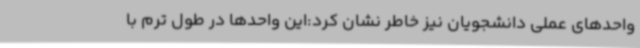
واحدهای عملی دانشجویان نیز خاطر نشان کرد:این واحدها در طول ترم با